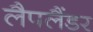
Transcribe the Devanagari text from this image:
लैपलैंडर